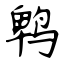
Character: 鹎